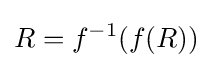
R=f^{-1}(f(R))